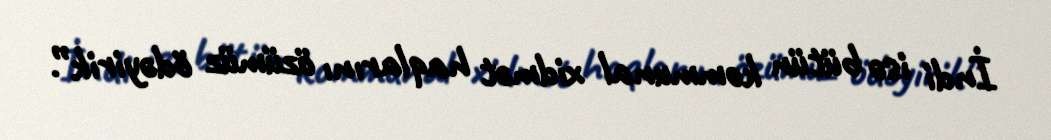
İndi isə bütün kommunal xidmət haqlarını özümüz ödəyirik”.